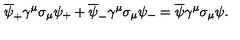
\overline { { \psi } } _ { + } \gamma ^ { \mu } \sigma _ { \mu } \psi _ { + } + \overline { { \psi } } _ { - } \gamma ^ { \mu } \sigma _ { \mu } \psi _ { - } = \overline { { \psi } } \gamma ^ { \mu } \sigma _ { \mu } \psi .